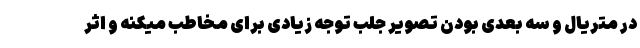
در متریال و سه بعدی بودن تصویر جلب توجه زیادی برای مخاطب میکنه و اثر